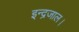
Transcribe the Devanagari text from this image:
इन्द्रजाल।